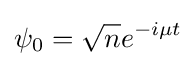
\psi _{0}={\sqrt {n}}e^{-i\mu t}